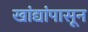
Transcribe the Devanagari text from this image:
खांद्यांपासून